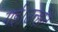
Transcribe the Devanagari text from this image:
गई।उन्होंने